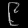
Digit: ၉